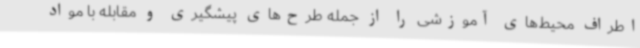
اطراف محیط‌های آموزشی را از جمله طرح‌های پیشگیری و مقابله با مواد